65_HS1-834228961_62-HQ-83894_Section_7
Agency: FBI
Page 2
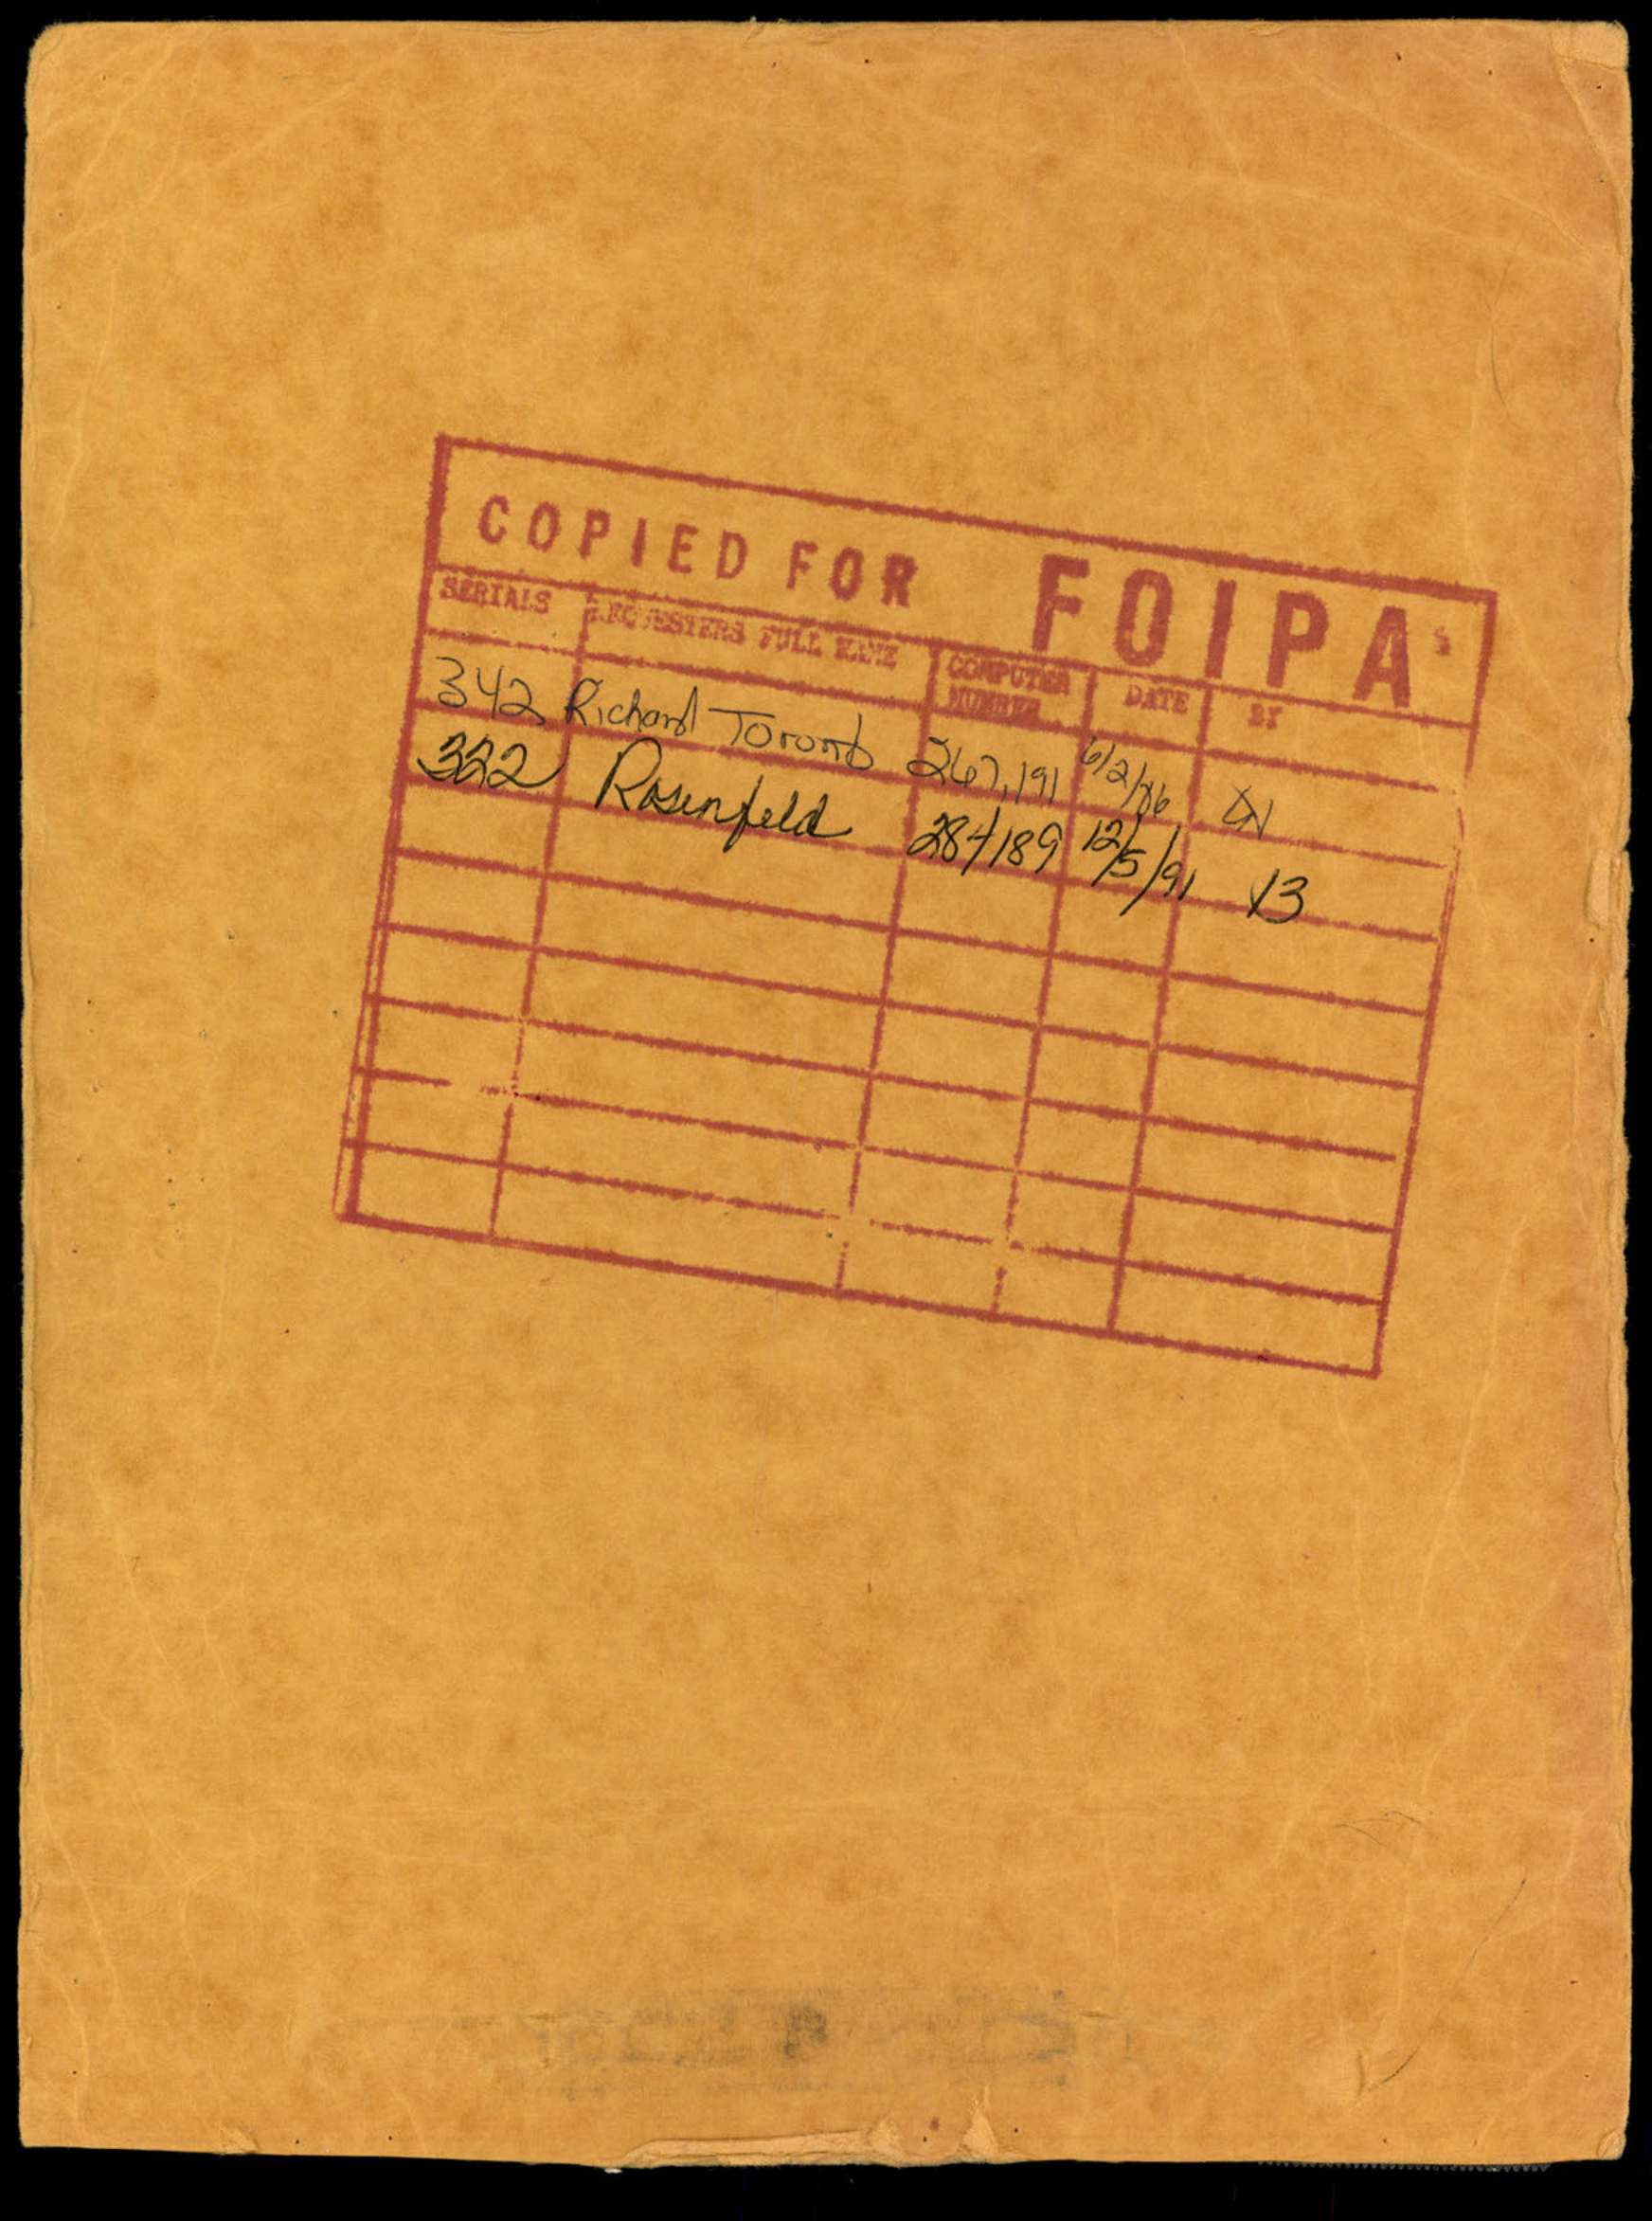